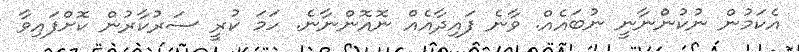
އެކަމުން ނުކުނުްނާނީ ނުބައެއް. ވާނެ ފައިދާއެއް ނޮއޮންނާނެ. ހަމަ ކުރީ ސަރުކާރުން ކޮށްފައިވާ